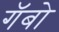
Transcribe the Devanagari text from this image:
गॅबो